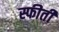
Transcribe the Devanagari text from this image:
स्फीती